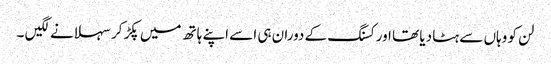
لن کو وہاں سے ہٹا دیا تھا اور کسنگ کے دوران ہی اسے اپنے ہاتھ میں پکڑ کر سہلانے لگیں ۔